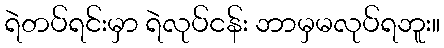
ရဲတပ်ရင်းမှာ ရဲလုပ်ငန်း ဘာမှမလုပ်ရဘူး။